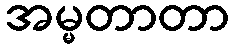
အမ္မတာတာ